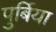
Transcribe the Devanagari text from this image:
पुर्बिया